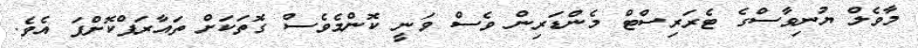
މާވެލް ޔުނިވާސްގެ ޓެރަރިސްޓް މެންޑަރިން ވެސް ވަނީ ކޮންމެވެސް ގޮތަކަށް ތައާރަފްކޮށްފަ އެވެ.